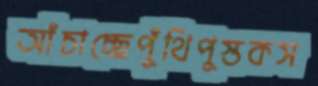
আঁচাচ্ছেপুঁথিপুস্তকস